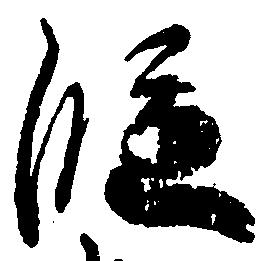
段